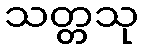
သတ္တသု